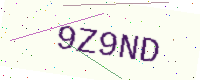
Text: 9Z9ND